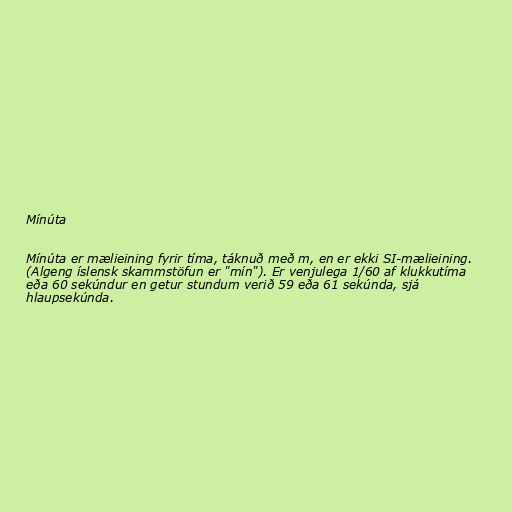
Mínúta

Mínúta er mælieining fyrir tíma, táknuð með m, en er ekki SI-mælieining.
(Algeng íslensk skammstöfun er "mín"). Er venjulega 1/60 af klukkutíma
eða 60 sekúndur en getur stundum verið 59 eða 61 sekúnda, sjá
hlaupsekúnda.